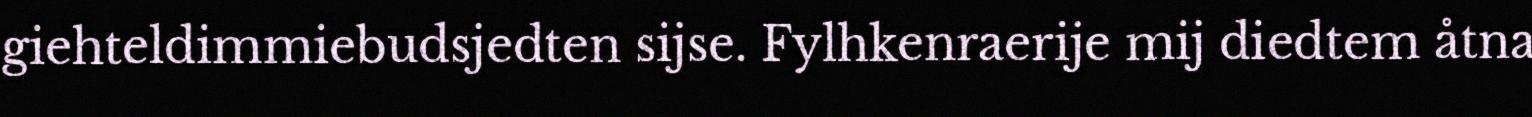
giehteldimmiebudsjedten sijse. Fylhkenraerije mij diedtem åtna